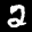
Label: 2